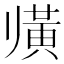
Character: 𲎕